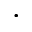
.